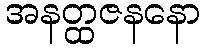
အနတ္ထဇနနော